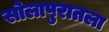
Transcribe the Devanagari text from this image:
सोलापुरातला